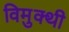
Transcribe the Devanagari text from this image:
विमुक्थी